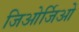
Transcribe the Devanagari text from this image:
जिओर्जिओ